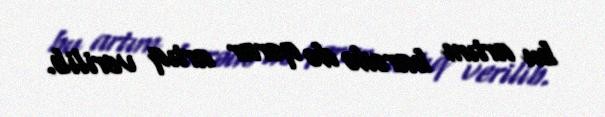
bu artım barədə də qərar artıq verilib.